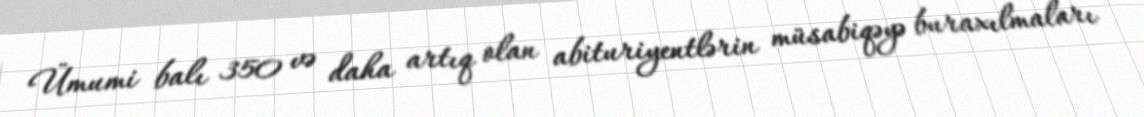
Ümumi balı 350 və daha artıq olan abituriyentlərin müsabiqəyə buraxılmaları